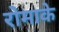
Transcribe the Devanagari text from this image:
रोमाके